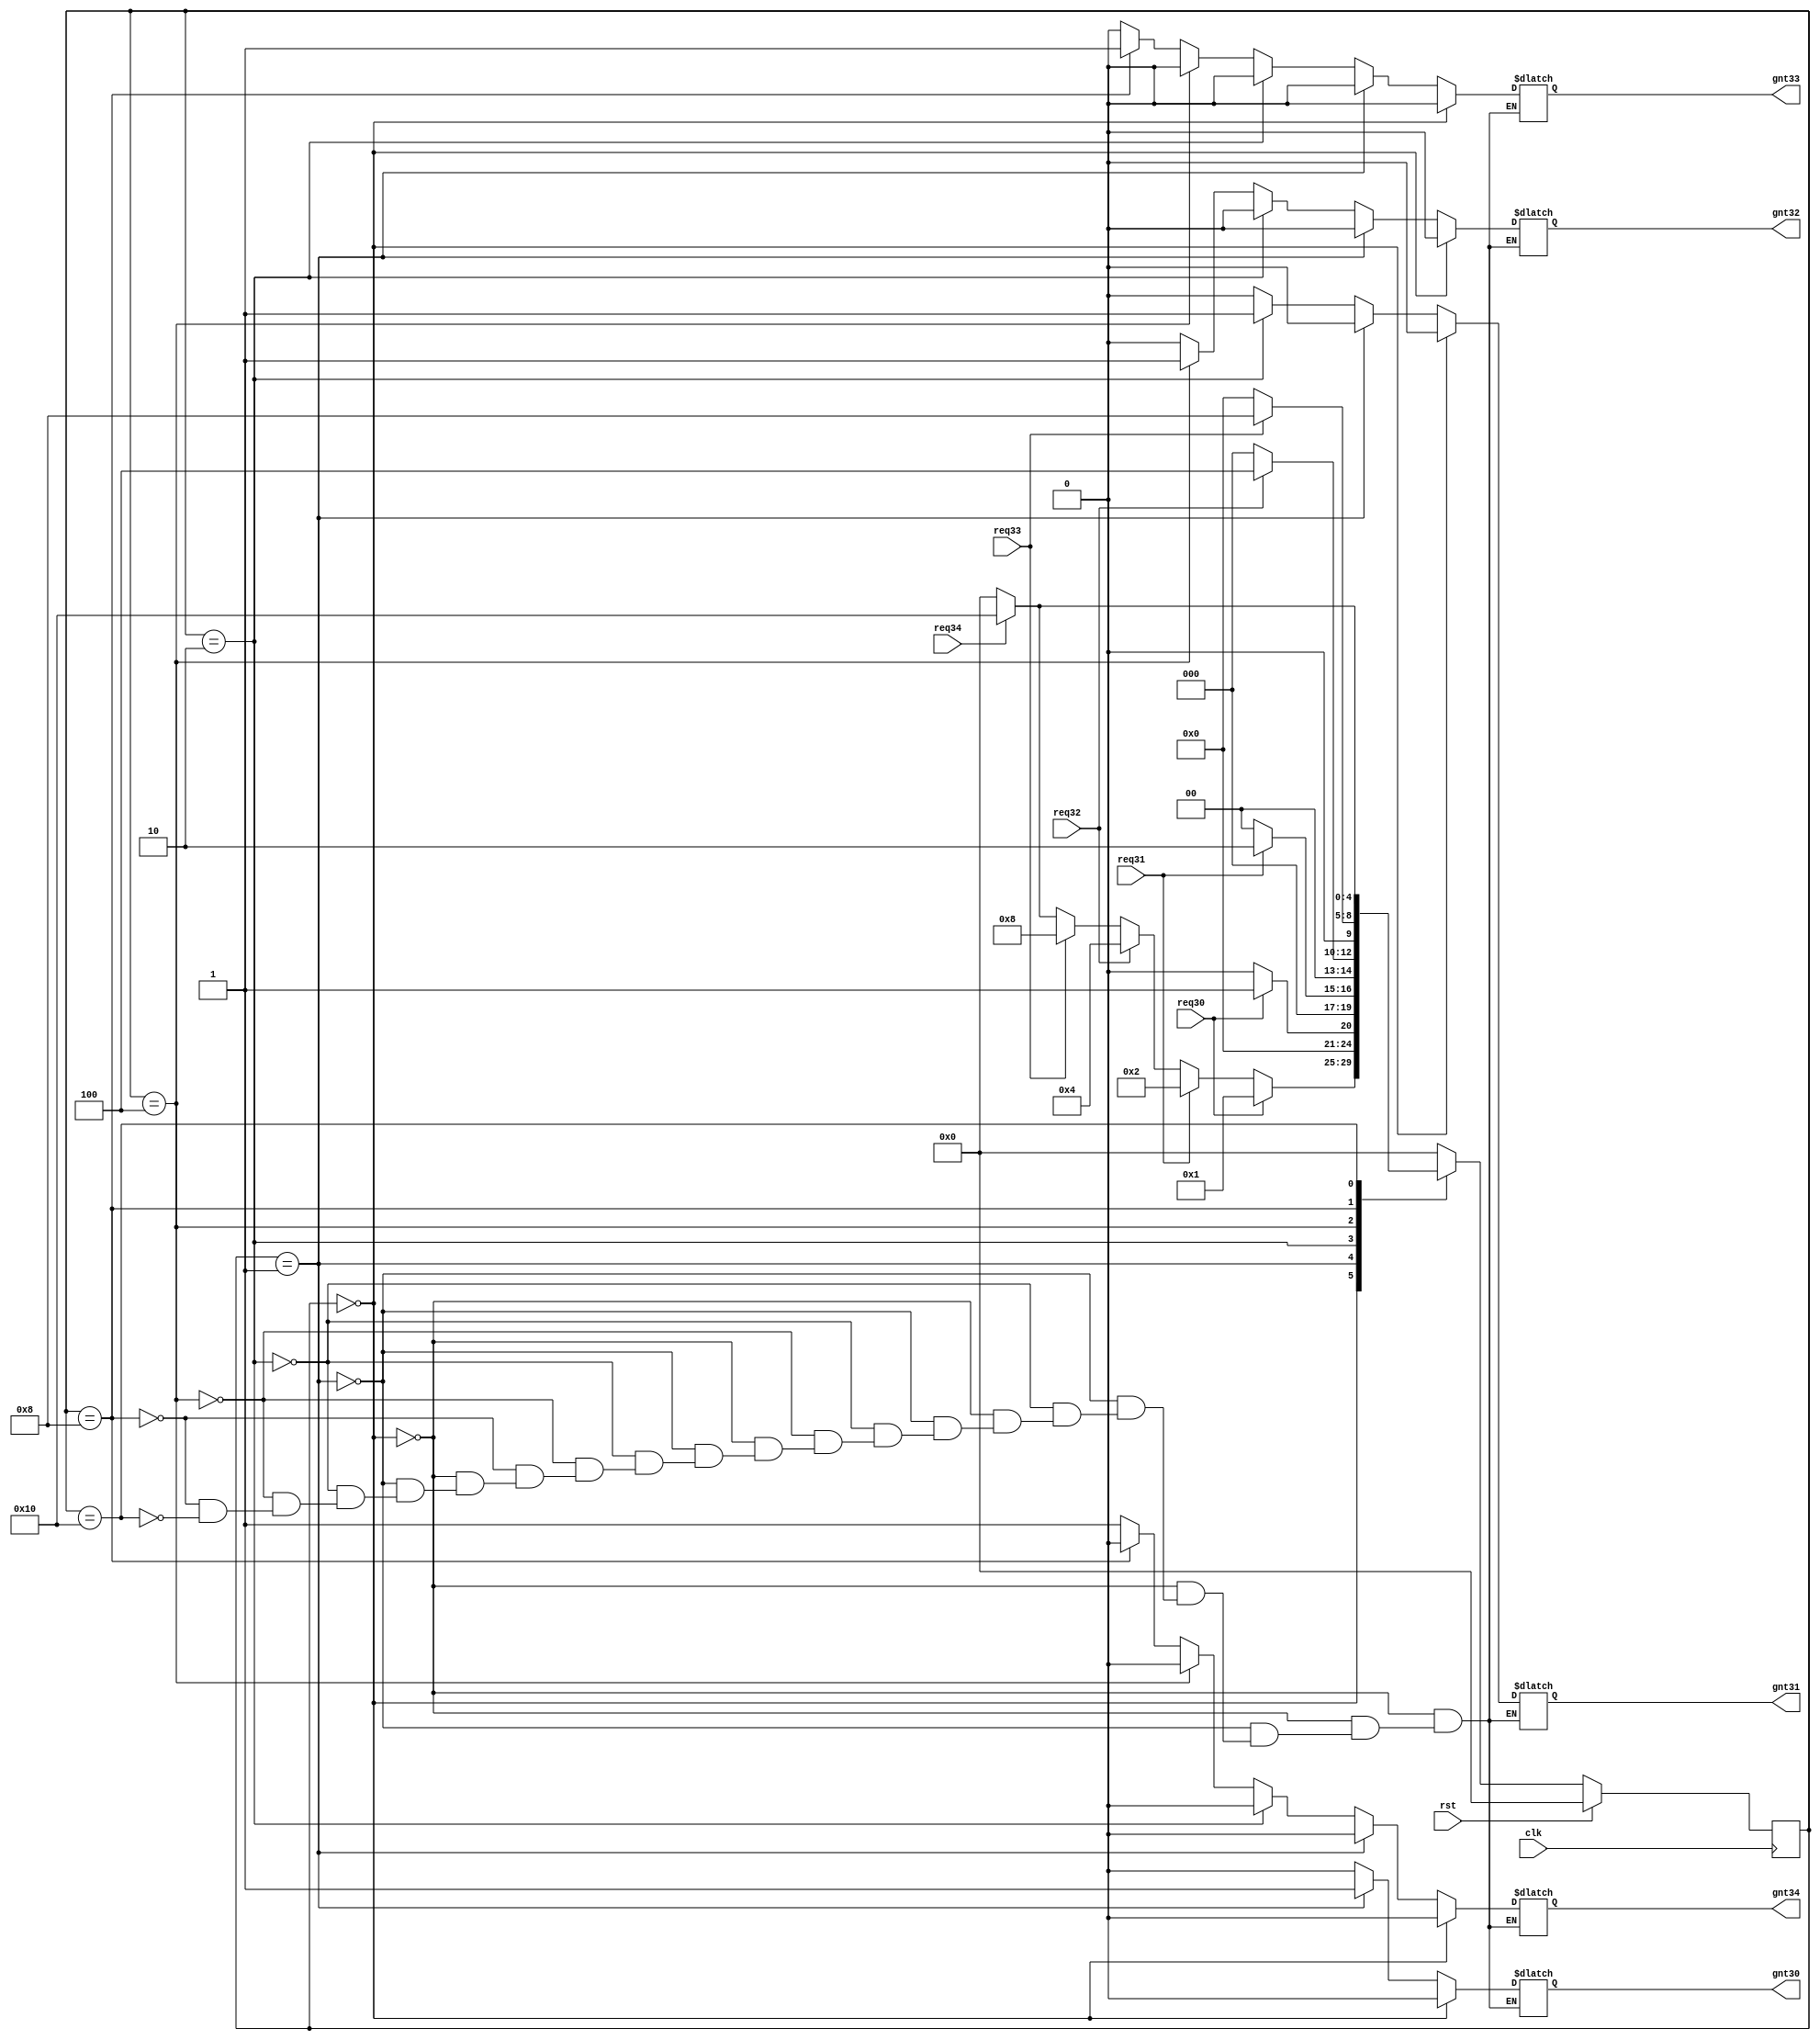
`timescale 1ns / 1ps
//////////////////////////////////////////////////////////////////////////////////
// Company: 
// Engineer: 
// 
// Design Name: 
// Module Name:    arbiter3 
// Project Name: 
// Target Devices: 
// Tool versions: 
// Description: 
//
// Dependencies: 
//
// Revision: 
// Revision 0.01 - File Created
// Additional Comments: 
//
//////////////////////////////////////////////////////////////////////////////////
module arbiterR13(gnt34,gnt33,gnt32,gnt31,gnt30,req34,req33,req32,req31,req30,clk,rst);

   output reg gnt34,gnt33,gnt32,gnt31,gnt30;
   input      req34,req33,req32,req31,req30;
   input      clk,rst;

   parameter idle=5'b00000;
   parameter GNT4=5'b10000;
	parameter GNT3=5'b01000;
   parameter GNT2=5'b00100;
   parameter GNT1=5'b00010;
   parameter GNT0=5'b00001;
	
	

   reg [4:0]  state,next_state;

   always @ (posedge clk)
     begin
    if(rst)
      state=idle;
    else
      state=next_state;
     end

   always @ (state,req34,req33,req32,req31,req30)
     begin
    next_state=0;

    case (state)

      idle:begin

         if(req30)
           next_state=GNT0;
         else if(req31)
           next_state=GNT1;
         else if(req32)
           next_state=GNT2;
         else if(req33)
           next_state=GNT3;
			else if(req34)
           next_state=GNT4;
         else
           next_state=idle;
      end // case: idle

      GNT0:begin

         if(req30)
           next_state=GNT0;
         else
           next_state=idle;
      end

      GNT1:begin
         if(req31)
           next_state=GNT1;
         else
           next_state=idle;
      end

      GNT2:begin
         if(req32)
           next_state=GNT2;
         else
           next_state=idle;
      end

      GNT3:begin
         if(req33)
           next_state=GNT3;
         else
           next_state=idle;
      end
		
		 GNT4:begin
         if(req34)
           next_state=GNT4;
         else
           next_state=idle;
      end
		
    endcase // case (state)
     end // always @ (state,req3,req2,req1,req0)

always @ (state)
  begin
     if(state==idle)
       begin
		 gnt34=0;
      gnt33=0;
      gnt32=0;
      gnt31=0;
      gnt30=0;
       end
     else if(state==GNT0)
       begin
      gnt34=0;
		gnt33=0;
      gnt32=0;
      gnt31=0;
      gnt30=1;
       end
     else if(state==GNT1)
       begin
      gnt34=0;
		gnt33=0;
      gnt32=0;
      gnt31=1;
      gnt30=0;
       end
     else if(state==GNT2)
       begin
      gnt34=0;
		gnt33=0;
      gnt32=1;
      gnt31=0;
      gnt30=0;
       end
     else if(state==GNT3)
       begin
      gnt34=0;
		gnt33=1;
      gnt32=0;
      gnt31=0;
      gnt30=0;
     end
	  else if(state==GNT4)
       begin
      gnt34=1;
		gnt33=0;
      gnt32=0;
      gnt31=0;
      gnt30=0;
     end
	  
  end // always @ (state)



endmodule